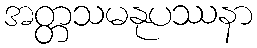
အတ္တသမနုပဿနာ